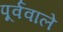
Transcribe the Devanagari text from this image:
पूर्ववाले